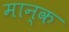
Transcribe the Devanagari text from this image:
मान्क